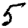
Digit: 5